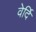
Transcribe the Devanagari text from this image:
वेर्दि